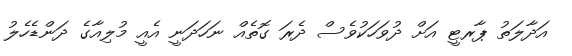
އަދާލަތު ޕާރޓީ އަށް ދުވަހަކުވެސް ދެރަ ގޮތެއް ނަހަދަނީ އެއީ މުލިއާގެ ދަންޑެހެލު